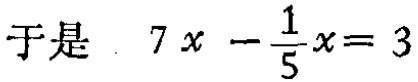
于是 \(7x - \frac{1}{5}x = 3\)